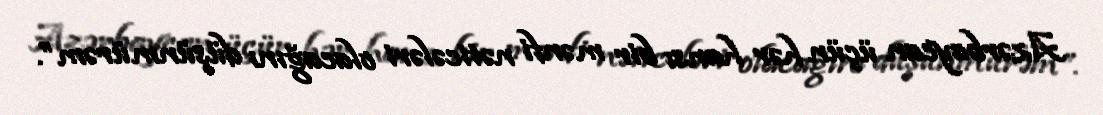
Azərbaycan üçün hər hansı bir mənfi nəticələri olacağını düşünmürəm”.